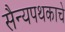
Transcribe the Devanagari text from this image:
सैन्यपथकाचे